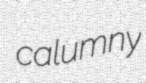
calumny